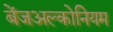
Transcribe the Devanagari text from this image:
बेंजअल्कोनियम